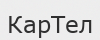
КарТел